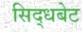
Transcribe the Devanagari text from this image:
सिद्धबेट